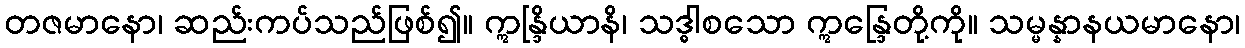
တဇမာနော၊ ဆည်းကပ်သည်ဖြစ်၍။ ဣန္ဒြိယာနိ၊ သဒ္ဓါစသော ဣန္ဒြေတို့ကို။ သမ္မန္နာနယမာနော၊